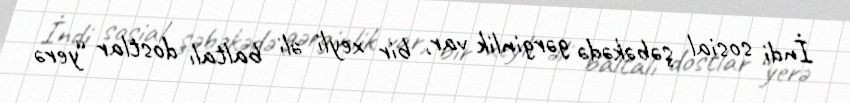
İndi sosial şəbəkədə gərginlik var, bir xeyli əli baltalı dostlar “yerə